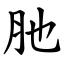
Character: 肔